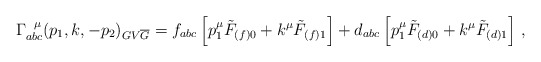
\begin{align*}\Gamma^{\hspace{0.2cm}\mu}_{abc} (p_{1}, k, -p_{2})_{GV{\overline{G}}}= f_{abc}\left[ p^{\mu}_{1} \tilde{F}_{(f)0} + k^{\mu} \tilde{F}_{(f) 1} \right]+ d_{abc} \left[ p^{\mu}_{1} \tilde{F}_{(d)0} + k^{\mu} \tilde{F}_{(d)1}\right] \, ,\end{align*}